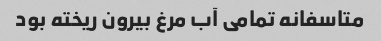
متاسفانه تمامی آب مرغ بیرون ریخته بود